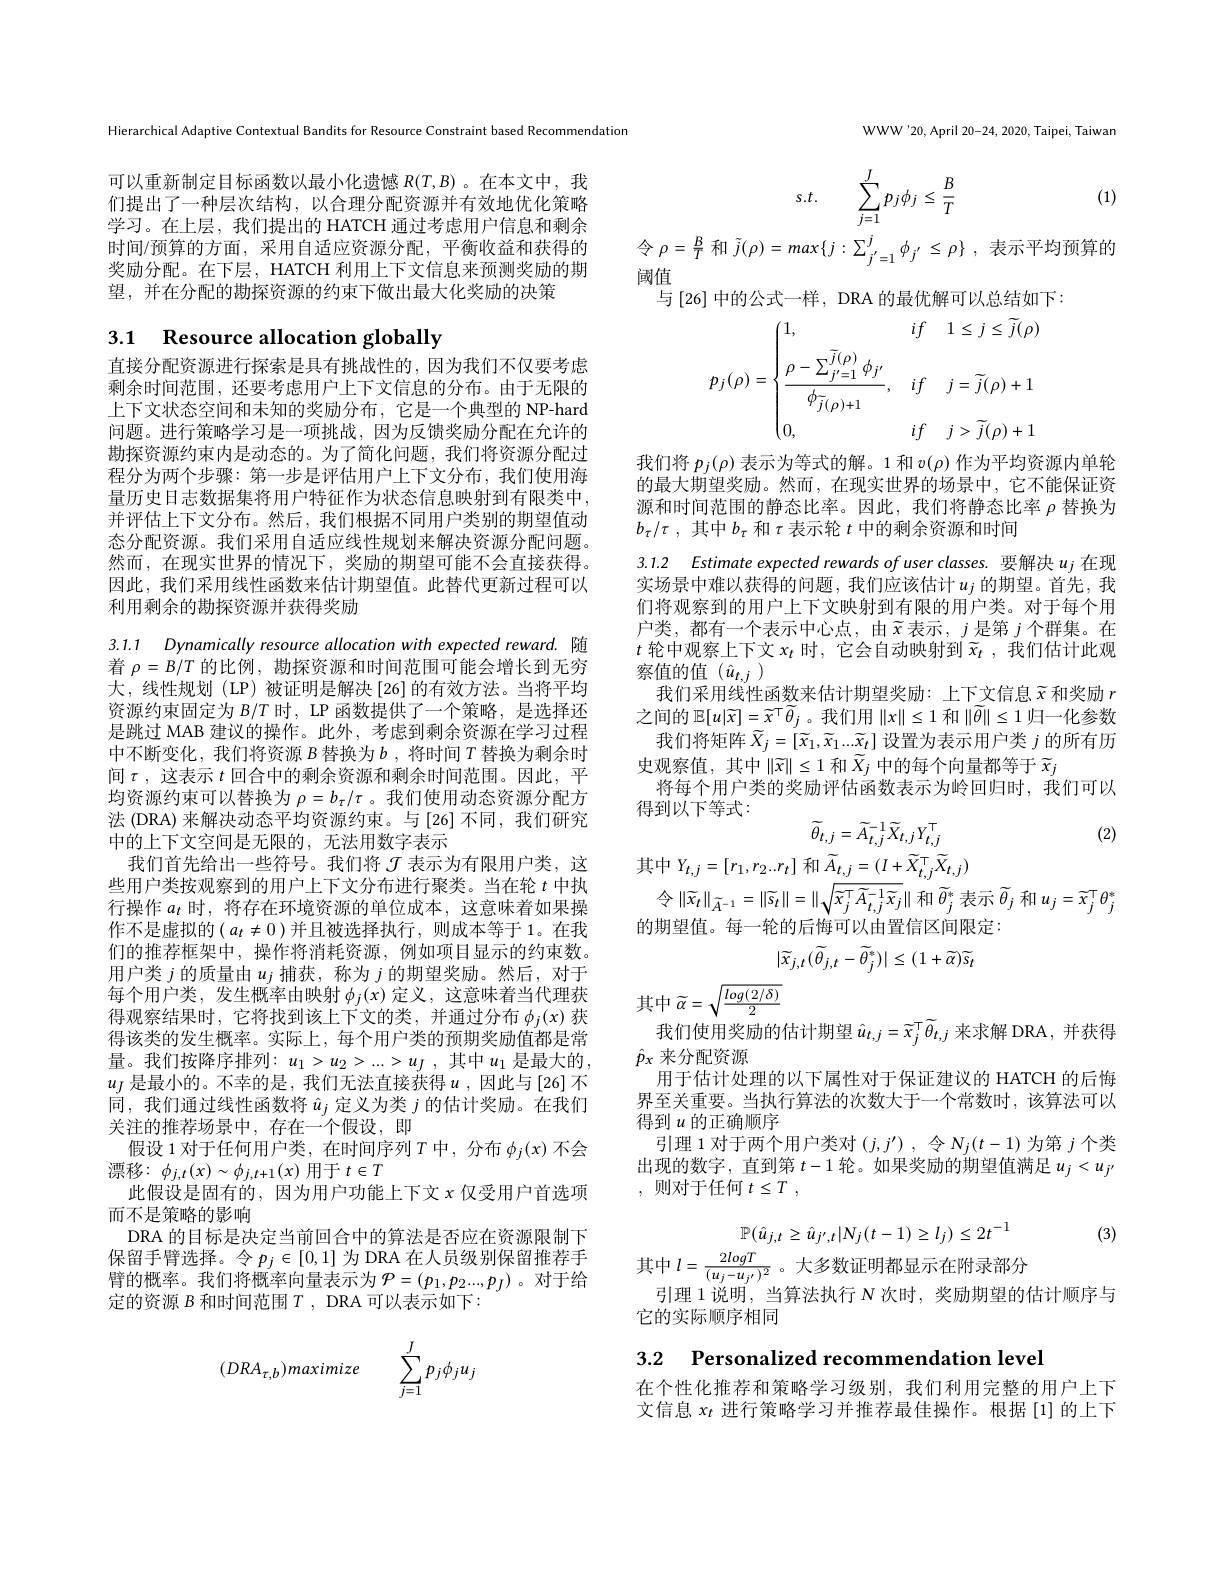
Hierarchical Adaptive Contextual Bandits for Resource Constraint based Recommendation

可以重新制定目标函数以最小化遗憾$R(T,B)$ 。在本文中，我们提出了一种层次结构，以合理分配资源并有效地优化策略学习。在上层，我们提出的 HATCH 通过考虑用户信息和剩余时间/预算的方面，采用自适应资源分配，平衡收益和获得的奖励分配。在下层，HATCH 利用上下文信息来预测奖励的期望，并在分配的勘探资源的约束下做出最大化奖励的决策

# 3.1 Resource allocation globally

直接分配资源进行探索是具有挑战性的，因为我们不仅要考虑剩余时间范围，还要考虑用户上下文信息的分布。由于无限的上下文状态空间和未知的奖励分布，它是一个典型的 NP-hard 问题。进行策略学习是一项挑战，因为反馈奖励分配在允许的勘探资源约束内是动态的。为了简化问题，我们将资源分配过程分为两个步骤：第一步是评估用户上下文分布，我们使用海量历史日志数据集将用户特征作为状态信息映射到有限类中， 并评估上下文分布。然后，我们根据不同用户类别的期望值动态分配资源。我们采用自适应线性规划来解决资源分配问题。然而，在现实世界的情况下，奖励的期望可能不会直接获得。因此，我们采用线性函数来估计期望值。此替代更新过程可以利用剩余的勘探资源并获得奖励

3.1.1 Dynamically resource allocation with expected reward. 随着$\rho=B/T$的比例，勘探资源和时间范围可能会增长到无穷大，线性规划 (LP) 被证明是解决[26]的有效方法。当将平均资源约束固定为$B/T$时，LP 函数提供了一个策略，是选择还是跳过 MAB 建议的操作。此外，考虑到剩余资源在学习过程中不断变化，我们将资源$B$替换为$b$ ,将时间$T$替换为剩余时间$\tau$ ,这表示$t$回合中的剩余资源和剩余时间范围。因此，平均资源约束可以替换为$\rho=b_\tau/\tau$ 。我们使用动态资源分配方法 (DRA) 来解决动态平均资源约束。与 [26] 不同，我们研究中的上下文空间是无限的，无法用数字表示
我们首先给出一些符号。我们将$\mathcal{J}$表示为有限用户类，这些用户类按观察到的用户上下文分布进行聚类。当在轮$t$中执行操作$a_t$时，将存在环境资源的单位成本，这意味着如果操作不是虚拟的$\left(a_t\neq0\right)$并且被选择执行，则成本等于1。在我们的推荐框架中，操作将消耗资源，例如项目显示的约束数。用户类$j$的质量由$u_j$捕获，称为$j$的期望奖励。然后，对于每个用户类，发生概率由映射$\phi_j(x)$定义，这意味着当代理获得观察结果时，它将找到该上下文的类，并通过分布$\phi_j(x)$获得该类的发生概率。实际上，每个用户类的预期奖励值都是常量。我们按降序排列：$u_1>u_2>...>u_J$,其中$u_1$是最大的， $u_J$ 是最小的。不幸的是，我们无法直接获得$u$ ,因此与[26]不同，我们通过线性函数将$\hat{u}_j$定义为类$j$的估计奖励。在我们关注的推荐场景中，存在一个假设，即
假设 1 对于任何用户类，在时间序列$T$中，分布$\phi_j(x)$不会
漂移：$\phi_j,t(x)\sim\phi_{j,t+1}(x)$用于$t\in T$
此假设是固有的，因为用户功能上下文$x$仅受用户首选项
而不是策略的影响
DRA 的目标是决定当前回合中的算法是否应在资源限制下保留手臂选择。令$p_j\in[0,1]$为 DRA 在人员级别保留推荐手臂的概率。我们将概率向量表示为$\mathcal{P}=(p_1,p_2...,p_J)$ 。对于给定的资源$B$和时间范围$T$, DRA 可以表示如下：
$$(DRA_{\tau,b})maximize\quad\displaystyle\sum_{j=1}^{J}p_{j}\phi_{j}u_{j}$$
WWW'20, April 20-24, 2020, Taipei, Taiwan

$\frac BT$ (1)
$$s.t.\quad\sum_{j=1}^{J}p_{j}\phi_{j}\leq\frac{B}{T}$$
令$\rho=\frac{B}{T}$和$\tilde{j} ( \rho ) = max\{ j: \sum _{j^{\prime }= 1}^{j}\phi _{j^{\prime }}\leq \rho \}$ ,表示平均预算的
阈值
与[26] 中的公式一样，DRA 的最优解可以总结如下：
$$p_j(\rho)=\begin{cases}1,&if\quad1\leq j\leq\widetilde{j}(\rho)\\[2ex]\dfrac{\rho-\sum_{j'=1}^{\overline{j}(\rho)}\phi_{j'}}{\phi_{\overline{j}(\rho)+1}},&if\quad j=\widetilde{j}(\rho)+1\\[2ex]0,&if\quad j>\widetilde{j}(\rho)+1\end{cases}$$
我们将$p_j(\rho)$表示为等式的解。1 和$v(\rho)$作为平均资源内单轮的最大期望奖励。然而，在现实世界的场景中，它不能保证资源和时间范围的静态比率。因此，我们将静态比率$\rho$替换为$b_\tau/\tau$ ,其中$b_\tau$和$\tau$表示轮$t$中的剩余资源和时间

3.1.2 Estimate expected rewards of user classes. 要解决$u_j$在现

实场景中难以获得的问题，我们应该估计$u_j$的期望。首先，我们将观察到的用户上下文映射到有限的用户类。对于每个用户类，都有一个表示中心点，由$\tilde{x}$表示，$j$是第$j$个群集。在$t$轮中观察上下文$x_t$时，它会自动映射到$\widetilde{x} _t$ , 我 们 估 计 此 观 察值的值$(\hat{u}_{t,j})$
我们采用线性函数来估计期望奖励：上下文信息$\tilde{x}$和奖励$r$ 之间的$\mathbb{E}[u|\widetilde{x}]=\widetilde{x}^{\top}\widetilde{\theta}_j$。我们用$\|x\|\leq1$ 和$\|\widetilde{\theta}\|\leq1$ 归一化参数
我们将矩阵$\tilde{X}_j=[\widetilde{x}_1,\widetilde{x}_1...\widetilde{x}_t]$设置为表示用户类$j$的所有历
史观察值，其中$\|\widetilde{x}\|\leq1$和$\widetilde{X}_j$中的每个向量都等于$\widetilde{x}_j$
将每个用户类的奖励评估函数表示为岭回归时，我们可以
得到以下等式：
$$\widetilde{\theta}_{t,j}=\widetilde{A}_{t,j}^{-1}\widetilde{X}_{t,j}Y_{t,j}^{\top}$$
(2)

其中$Y_t,j=[r_1,r_2..r_t]$和$\widetilde A_{t,j}=(I+\widetilde X_{t,j}^\top\widetilde X_{t,j})$

$令\|\widetilde{x}_{t}\|_{\widetilde{A}^{-1}}=\|\widetilde{s}_{t}\|=\|\sqrt{\widetilde{x}_{j}^{\top}\widetilde{A}_{t,j}^{-1}\widetilde{x}_{j}}\|$ 和$\widetilde\theta_j^*$表示 $\widetilde\theta_j$ 和 $u_j=\widetilde x_j^\top\theta_j^*$

的期望值。每一轮的后悔可以由置信区间限定：
$$|\widetilde{x}_{j,t}(\widetilde{\theta}_{j,t}-\widetilde{\theta}_{j}^{*})|\leq(1+\widetilde{\alpha})\widetilde{s}_{t}$$
其中$\widetilde\alpha=\sqrt{\frac{log(2/\delta)}{2}}$
我们使用奖励的估计期望$\hat u_{t,j}=\widetilde{x}_j^\top\widetilde{\theta}_{t,j}$来求解 DRA,并获得

$\hat{p}_x$来分配资源
用于估计处理的以下属性对于保证建议的 HATCH 的后悔界至关重要。当执行算法的次数大于一个常数时，该算法可以得到$u$的正确顺序
引理 1 对于两个用户类对$( j, j^\prime )$ , $令$ $N_j( t- 1)$为第$j$个类出现的数字，直到第$t-1$轮。如果奖励的期望值满足$u_j<u_{j^{\prime}}$ ,则对于任何 $t\leq T$ ,
$$\mathbb{P}(\hat{u}_{j,t}\geq\hat{u}_{j^{\prime},t}|N_{j}(t-1)\geq l_{j})\leq2t^{-1}$$
其中$l=\frac{2logT}{(u_{j}-u_{j^{\prime}})^{2}}$。大多数证明都显示在附录部分

(3)

引理 1 说明，当算法执行$N$次时，奖励期望的估计顺序与
它的实际顺序相同

3.2 Personalized recommendation level

在个性化推荐和策略学习级别，我们利用完整的用户上下文信息$x_t$进行策略学习并推荐最佳操作。根据[1]的上下